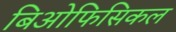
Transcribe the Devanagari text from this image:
बिओफिसिकल